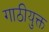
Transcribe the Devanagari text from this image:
गाठीयुक्त